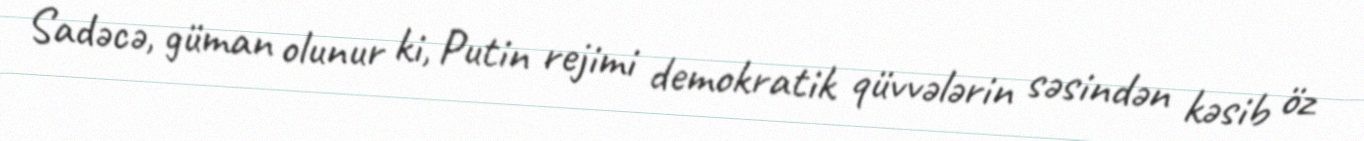
Sadəcə, güman olunur ki, Putin rejimi demokratik qüvvələrin səsindən kəsib öz